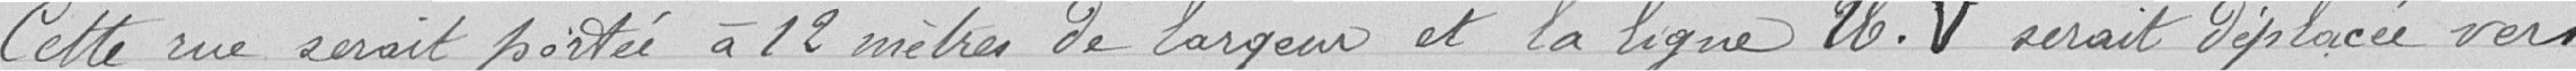
Cette rue serait portée à 12 mètres de largeur et la ligne UV serait déplacée vers